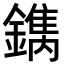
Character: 𨬺